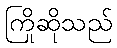
ကြိုဆိုသည်